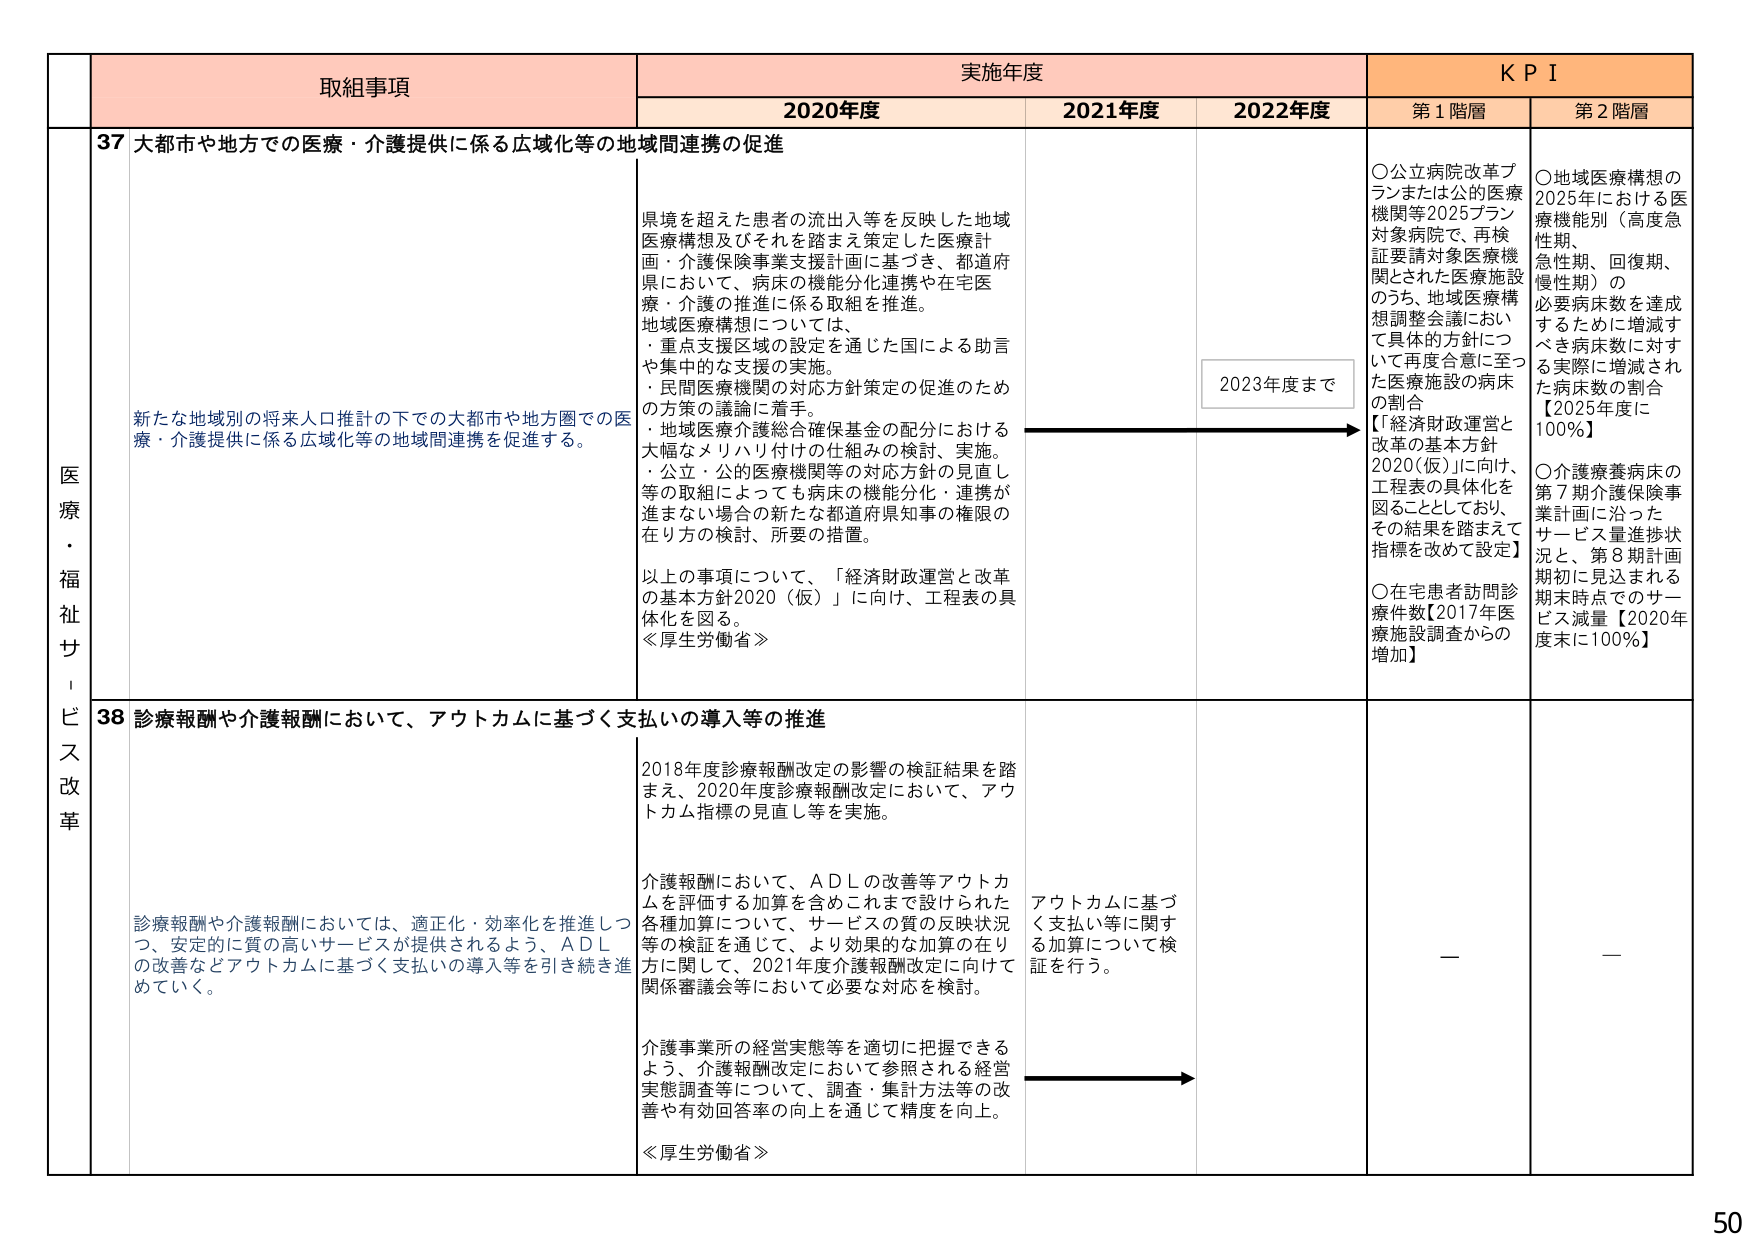
医療・福祉サービス改革

取組事項
実施年度
K P I

2020年度
2021年度
2022年度
第1階層
第2階層

37 大都市や地方での医療・介護提供に係る広域化等の地域間連携の促進

県境を超えた患者の流出入等を反映した地域医療構想及びそれを踏まえ策定した医療計画・介護保険事業支援計画に基づき、都道府県において、病床の機能分化連携や在宅医療・介護の推進に係る取組を推進。
地域医療構想については、
・重点支援区域の設定を通じた国による助言や集中的な支援の実施。
・民間医療機関の対応方針策定の促進のための方策の議論に着手。
・地域医療介護総合確保基金の配分における大幅なメリハリ付けの仕組みの検討、実施。
・公立・公的医療機関等の対応方針の見直し等の取組によっても病床の機能分化・連携が進まない場合の新たな都道府県知事の権限の在り方の検討、所要の措置。

以上の事項について、「経済財政運営と改革の基本方針2020（仮）」に向け、工程表の具体化を図る。
≪厚生労働省≫

2023年度まで

○公立病院改革プランまたは公的医療機関等2025プラン対象病院で、再検証要請対象医療機関とされた医療施設のうち、地域医療構想調整会議において具体的方針について再度合意に至った医療施設の病床の割合
【「経済財政運営と改革の基本方針2020（仮）」に向け、工程表の具体化を図ることとしており、その結果を踏まえて指標を改めて設定】

○在宅患者訪問診療件数【2017年医療施設調査からの増加】

○地域医療構想の2025年における医療機能別（高度急性期、急性期、回復期、慢性期）の必要病床数を達成するために増減すべき病床数に対する実際に増減された病床数の割合【2025年度に100％】

○介護療養病床の第7期介護保険事業計画に沿ったサービス量進捗状況と、第8期計画期初に見込まれる期末時点でのサービス減量【2020年度末に100％】

新たな地域別の将来人口推計の下での大都市や地方圏での医療・介護提供に係る広域化等の地域間連携を促進する。

38 診療報酬や介護報酬において、アウトカムに基づく支払いの導入等の推進

2018年度診療報酬改定の影響の検証結果を踏まえ、2020年度診療報酬改定において、アウトカム指標の見直し等を実施。

介護報酬において、ＡＤＬの改善等アウトカムを評価する加算を含めこれまで設けられた各種加算について、サービスの質の反映状況等の検証を通じて、より効果的な加算の在り方に関して、2021年度介護報酬改定に向けて関係審議会等において必要な対応を検討。

介護事業所の経営実態等を適切に把握できるよう、介護報酬改定において参照される経営実態調査等について、調査・集計方法等の改善や有効回答率の向上を通じて精度を向上。
≪厚生労働省≫

アウトカムに基づく支払い等に関する加算について検証を行う。

—

—

診療報酬や介護報酬においては、適正化・効率化を推進しつつ、安定的に質の高いサービスが提供されるよう、ＡＤＬの改善などアウトカムに基づく支払いの導入等を引き続き進めていく。

50